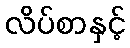
လိပ်စာနှင့်